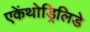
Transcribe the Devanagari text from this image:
एकेंथोड्रिलिडे